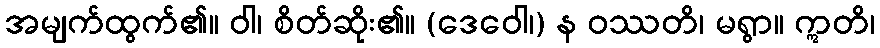
အမျက်ထွက်၏။ ဝါ၊ စိတ်ဆိုး၏။ (ဒေဝေါ၊) န ဝဿတိ၊ မရွာ။ ဣတိ၊